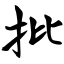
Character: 批